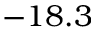
- 1 8 . 3